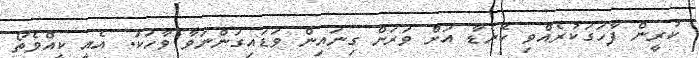
ކުރީން ފާހަގަކުރެއްވި ކެނެޑާ އަށް ވަރަށް ގިނައިން ވަޑައިގަންނަވާ ވާހަކަ. އެއީ ކީއްވެތޯ